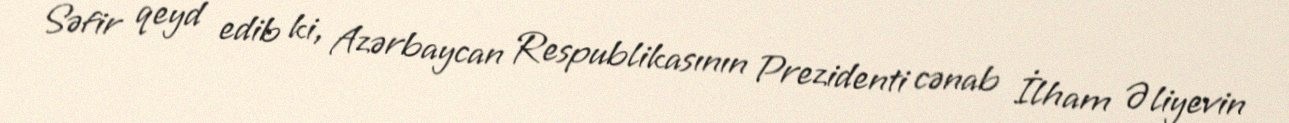
Səfir qeyd edib ki, Azərbaycan Respublikasının Prezidenti cənab İlham Əliyevin